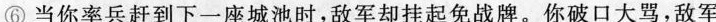
⑥当你率兵赶到下一座城池时,敌军却挂起免战牌。你破口大骂,敌军